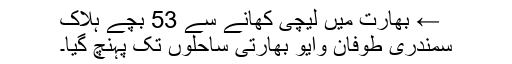
← بھارت میں لیچی کھانے سے 53 بچے ہلاک
سمندری طوفان وایو بھارتی ساحلوں تک پہنچ گیا۔